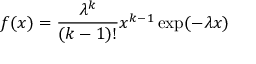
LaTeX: f ( x ) = { \frac { \lambda ^ { k } } { ( k - 1 ) ! } } x ^ { k - 1 } \exp ( - \lambda x )